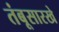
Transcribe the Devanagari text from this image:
तंबूसारखे